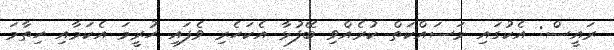
ރައީސް: އެކުގައި މަސައްކަތް ކުރެއްވި ބޭފުޅާ އެކަހެރި ވެފައި ހުރީމަ އެކަމާއި ހިތާމަ